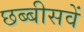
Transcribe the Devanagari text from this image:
छब्बीसवें